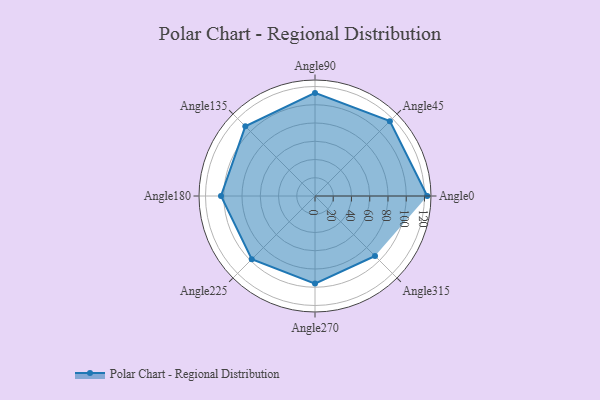
{"axis": {"x": "Angle", "y": "Radius"}, "legend": [""], "data": [{"x": "Angle0", "y": 123.0, "type": ""}, {"x": "Angle45", "y": 116.0, "type": ""}, {"x": "Angle90", "y": 113.0, "type": ""}, {"x": "Angle135", "y": 108.0, "type": ""}, {"x": "Angle180", "y": 103.0, "type": ""}, {"x": "Angle225", "y": 98.0, "type": ""}, {"x": "Angle270", "y": 96.0, "type": ""}, {"x": "Angle315", "y": 93.0, "type": ""}]}